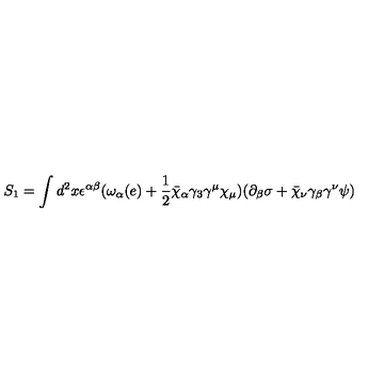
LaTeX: S _ { 1 } = \int d ^ { 2 } x \epsilon ^ { \alpha \beta } ( \omega _ { \alpha } ( e ) + \frac { 1 } { 2 } \bar { \chi } _ { \alpha } \gamma _ { 3 } \gamma ^ { \mu } \chi _ { \mu } ) ( \partial _ { \beta } \sigma + \bar { \chi } _ { \nu } \gamma _ { \beta } \gamma ^ { \nu } \psi )